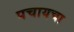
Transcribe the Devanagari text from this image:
पचायचा